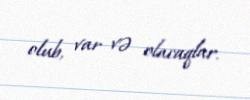
olub, var və olacaqlar.